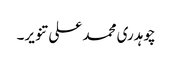
چوہدری محمد علی تنویر۔